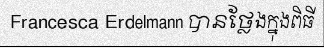
Francesca Erdelmann បានថ្លែងក្នុងពិធី